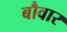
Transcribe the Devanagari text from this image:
बौवार